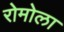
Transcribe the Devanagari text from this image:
रोमोला